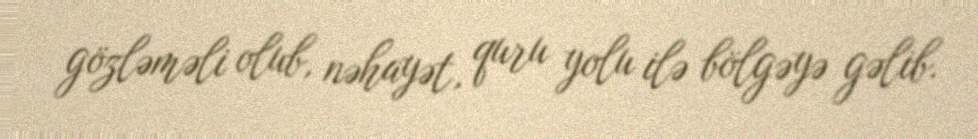
gözləməli olub, nəhayət, quru yolu ilə bölgəyə gəlib.